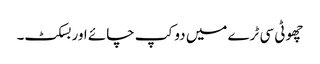
چھوٹی سی ٹرے میں دو کپ چائے اور بسکٹ۔